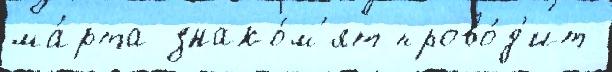
ма́рта знако́м'ят прово́д'ит